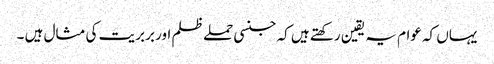
یہاں کہ عوام یہ یقین رکھتے ہیں کہ جنسی حملے ظلم اور بربریت کی مثال ہیں ۔